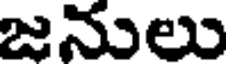
జనులు